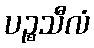
ပဉ္စသီလံ